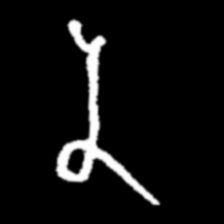
Pyu character \u2014 Myanmar letter: န (romanized: na)